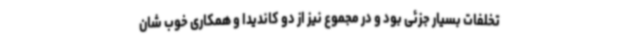
تخلفات بسیار جزئی بود و در مجموع نیز از دو کاندیدا و همکاری خوب شان